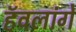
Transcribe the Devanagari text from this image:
हॅवलांगे